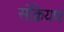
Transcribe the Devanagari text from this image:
संक्रियण